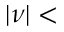
| \nu | <